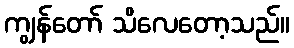
ကျွန်တော် သိလေတော့သည်။